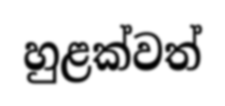
හුළක්වත්